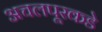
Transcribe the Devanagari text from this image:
अचलपूरकडे